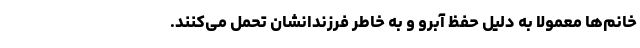
خانم‌ها معمولا به دلیل حفظ آبرو و به خاطر فرزندانشان تحمل می‌کنند.